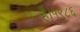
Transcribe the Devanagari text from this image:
है।१९८६